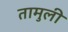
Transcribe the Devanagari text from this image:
तामुली